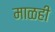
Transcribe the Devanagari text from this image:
माळही